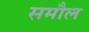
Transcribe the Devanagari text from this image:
समौल